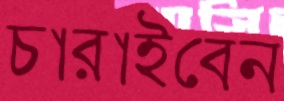
চারাইবেন